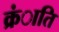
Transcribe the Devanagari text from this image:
क्रंाति